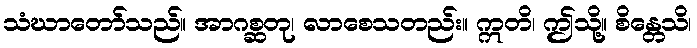
သံဃာတော်သည်။ အာဂစ္ဆတု၊ လာစေသတည်း။ ဣတိ၊ ဤသို့။ စိန္တေသိ၊